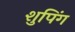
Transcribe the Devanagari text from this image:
शुपिंग